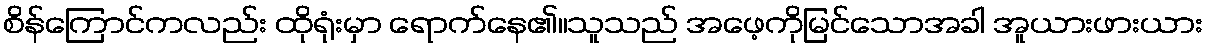
စိန်ကြောင်ကလည်း ထိုရုံးမှာ ရောက်နေ၏။သူသည် အဖေ့ကိုမြင်သောအခါ အူယားဖားယား